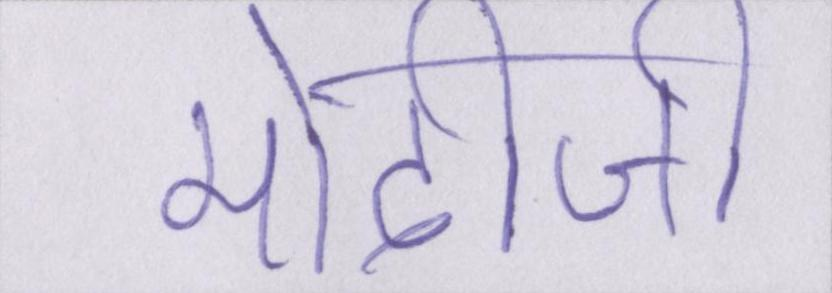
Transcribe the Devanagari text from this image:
मोदीजी